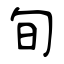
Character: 旬